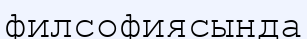
филсофиясында